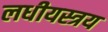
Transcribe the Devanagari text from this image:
लधीयस्त्रय